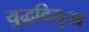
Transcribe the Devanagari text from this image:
युद्धविमुख